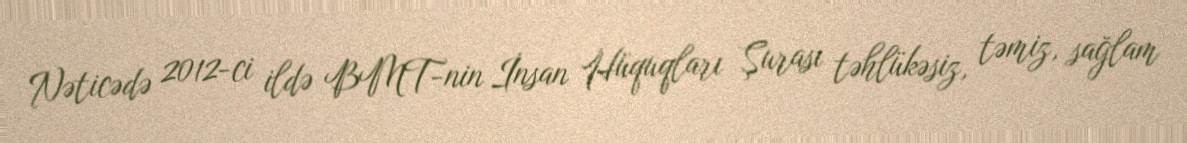
Nəticədə 2012-ci ildə BMT-nin İnsan Hüquqları Şurası təhlükəsiz, təmiz, sağlam